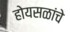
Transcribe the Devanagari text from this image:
होयसळांचे